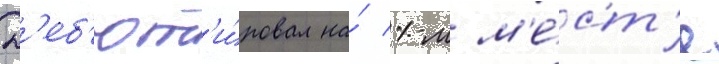
Д'еб'ют'и́ровал на́ 1-м м'е́ст'е